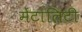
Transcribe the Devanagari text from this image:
मेंटालिटी